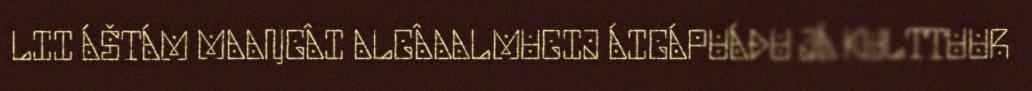
LII ÁŠTÁM MAAŊGÂI ALGÂAALMUGIJ ÁIGÁPUÁĐU JÁ KULTTUUR